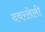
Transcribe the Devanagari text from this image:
दवरलेली